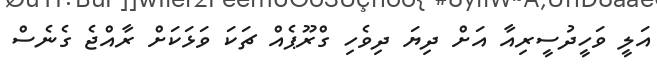
އަލީ ވަހީދުސީރިއާ އަށް ދިޔަ ދިވެހި ގްރޫޕެއް ޗަކަ ވަޅަކަށް ރާއްޖެ ގެނެސް